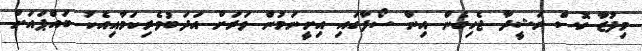
މިފުޒާ ގޮސް ރަޝީދާ ޖެހިގެން އިން ސޯފާގައި އިށީނަމުން ވަރަށް އަދަބުވެރިކަމާއިއެކު ބައްޕައަށް